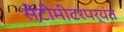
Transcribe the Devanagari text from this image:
सेंटीमीटरपर्यंत